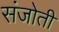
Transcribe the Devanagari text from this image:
संजोती